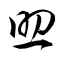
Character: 助